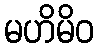
မဟိမိဝ